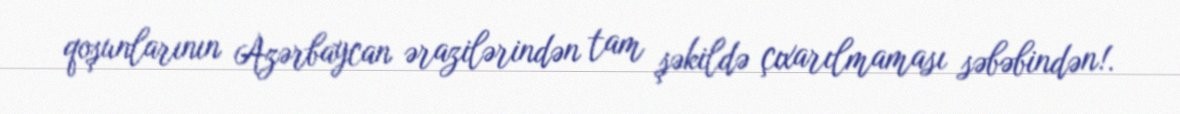
qoşunlarının Azərbaycan ərazilərindən tam şəkildə çıxarılmaması səbəbindən!.